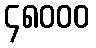
၄၈၀၀၀